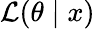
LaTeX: {\mathcal{L}}(\theta\mid x)